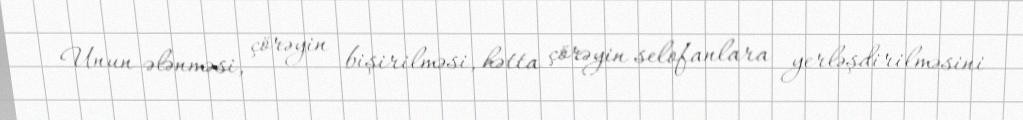
Unun ələnməsi, çörəyin bişirilməsi, hətta çörəyin selofanlara yerləşdirilməsini